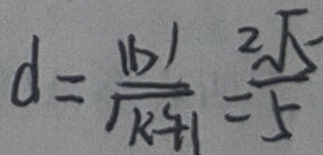
d = \frac { \vert b \vert } { \sqrt { k ^ { 2 } + 1 } } = \frac { 2 \sqrt { 5 } } { 5 }